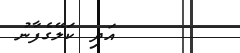
އަދި ކަލޭގެފާނު